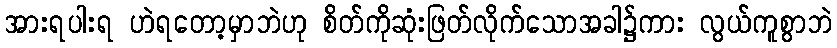
အားရပါးရ ဟဲရတော့မှာဘဲဟု စိတ်ကိုဆုံးဖြတ်လိုက်သောအခါ၌ကား လွယ်ကူစွာဘဲ